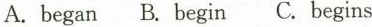
A.began B.begin C.begins